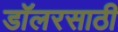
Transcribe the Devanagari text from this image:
डॉलरसाठी